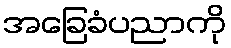
အခြေခံပညာကို